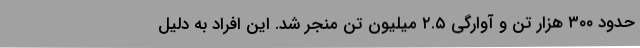
حدود ۳۰۰ هزار تن و آوارگی ۲.۵ میلیون تن منجر شد. این افراد به دلیل